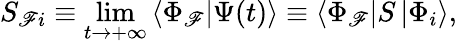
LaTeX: S_{\mathscr{F}i}\equiv\operatorname*{lim}_{t\rightarrow+\infty}\left\langle\Phi_{\mathscr{F}}|\Psi(t)\right\rangle\equiv\left\langle\Phi_{\mathscr{F}}\right|S\left|\Phi_{i}\right\rangle,